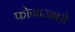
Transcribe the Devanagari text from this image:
फोगाज्जारो